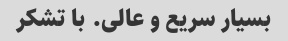
بسیار سریع و عالی. با تشکر